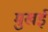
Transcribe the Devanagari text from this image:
मुखई